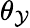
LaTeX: \theta_{\mathcal{Y}}